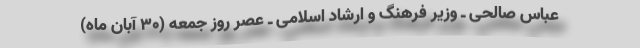
عباس صالحی ـ وزیر فرهنگ و ارشاد اسلامی ـ عصر روز جمعه (۳۰ آبان ماه)